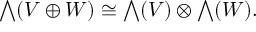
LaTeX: { \textstyle \bigwedge } ( V \oplus W ) \cong { \textstyle \bigwedge } ( V ) \otimes { \textstyle \bigwedge } ( W ) .